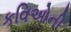
કવિઓની